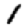
Digit: 1